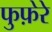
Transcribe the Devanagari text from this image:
फुफ़ेरे